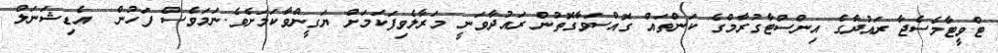
ޓްވީޓާމެސެޖާ ރައުދާގެ އިންސްޓާގުރާމްގެ ކަންތައް ގޮއްސަވާގޮތުން ރައުދާވަނީ މަރާލެވިފަކަމަށް ޔަގީންވާކަމަށެވެ.ނަމަވެސް ފަހުން  އެޑިޝަނަލް